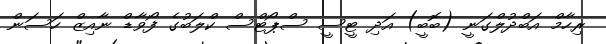
ރިހާމް އަބްދުލްގަނީ (ބޮބީ) އަދި ޓީސީ ސްޕޯޓްސް ކްލަބުގެ ފޯވާޑް ނާއިޒް ހަސަން